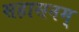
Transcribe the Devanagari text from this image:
सहासनम्